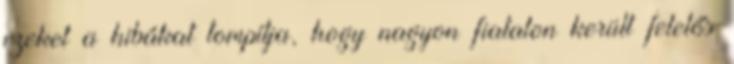
ezeket a hibákat tompítja, hogy nagyon fiatalon került felelős